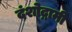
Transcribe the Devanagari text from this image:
दंशोद्गामी